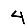
Digit: 4